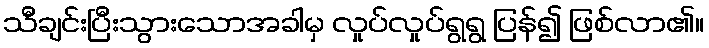
သီချင်းပြီးသွားသောအခါမှ လှုပ်လှုပ်ရွရွ ပြန်၍ ဖြစ်လာ၏။